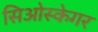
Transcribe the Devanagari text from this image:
सिओस्केगर